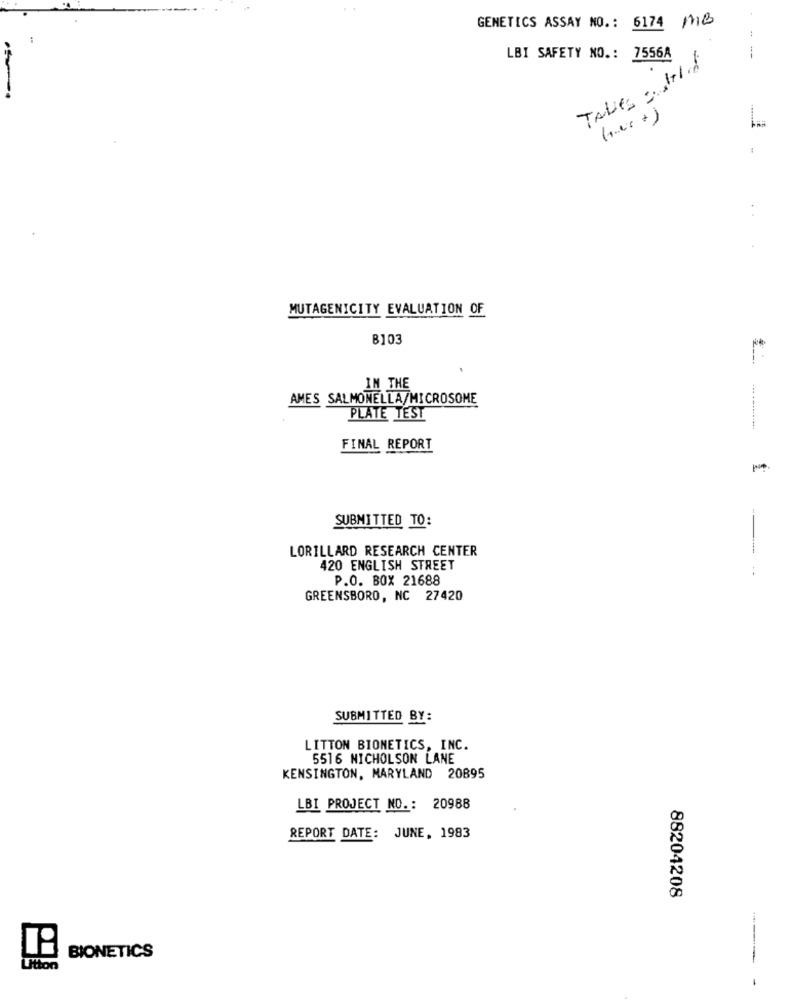
GENETICS ASSAY NO .: 6174 MB
LBI SAFETY NO .: 7556A
Takes : Hold
..
MUTAGENICITY EVALUATION OF
B103
.
IN THE
AMES SALMONELLA/MICROSOME
PLATE TEST
FINAL REPORT
SUBMITTED TO:
LORILLARD RESEARCH CENTER
---
420 ENGLISH STREET
P.O. BOX 21688
GREENSBORO, NC 27420
SUBMITTED BY:
LITTON BIONETICS, INC.
5516 NICHOLSON LANE
KENSINGTON, MARYLAND 20895
LBI PROJECT NO .: 20988
REPORT DATE: JUNE, 1983
88204208
BIONETICS
Utton